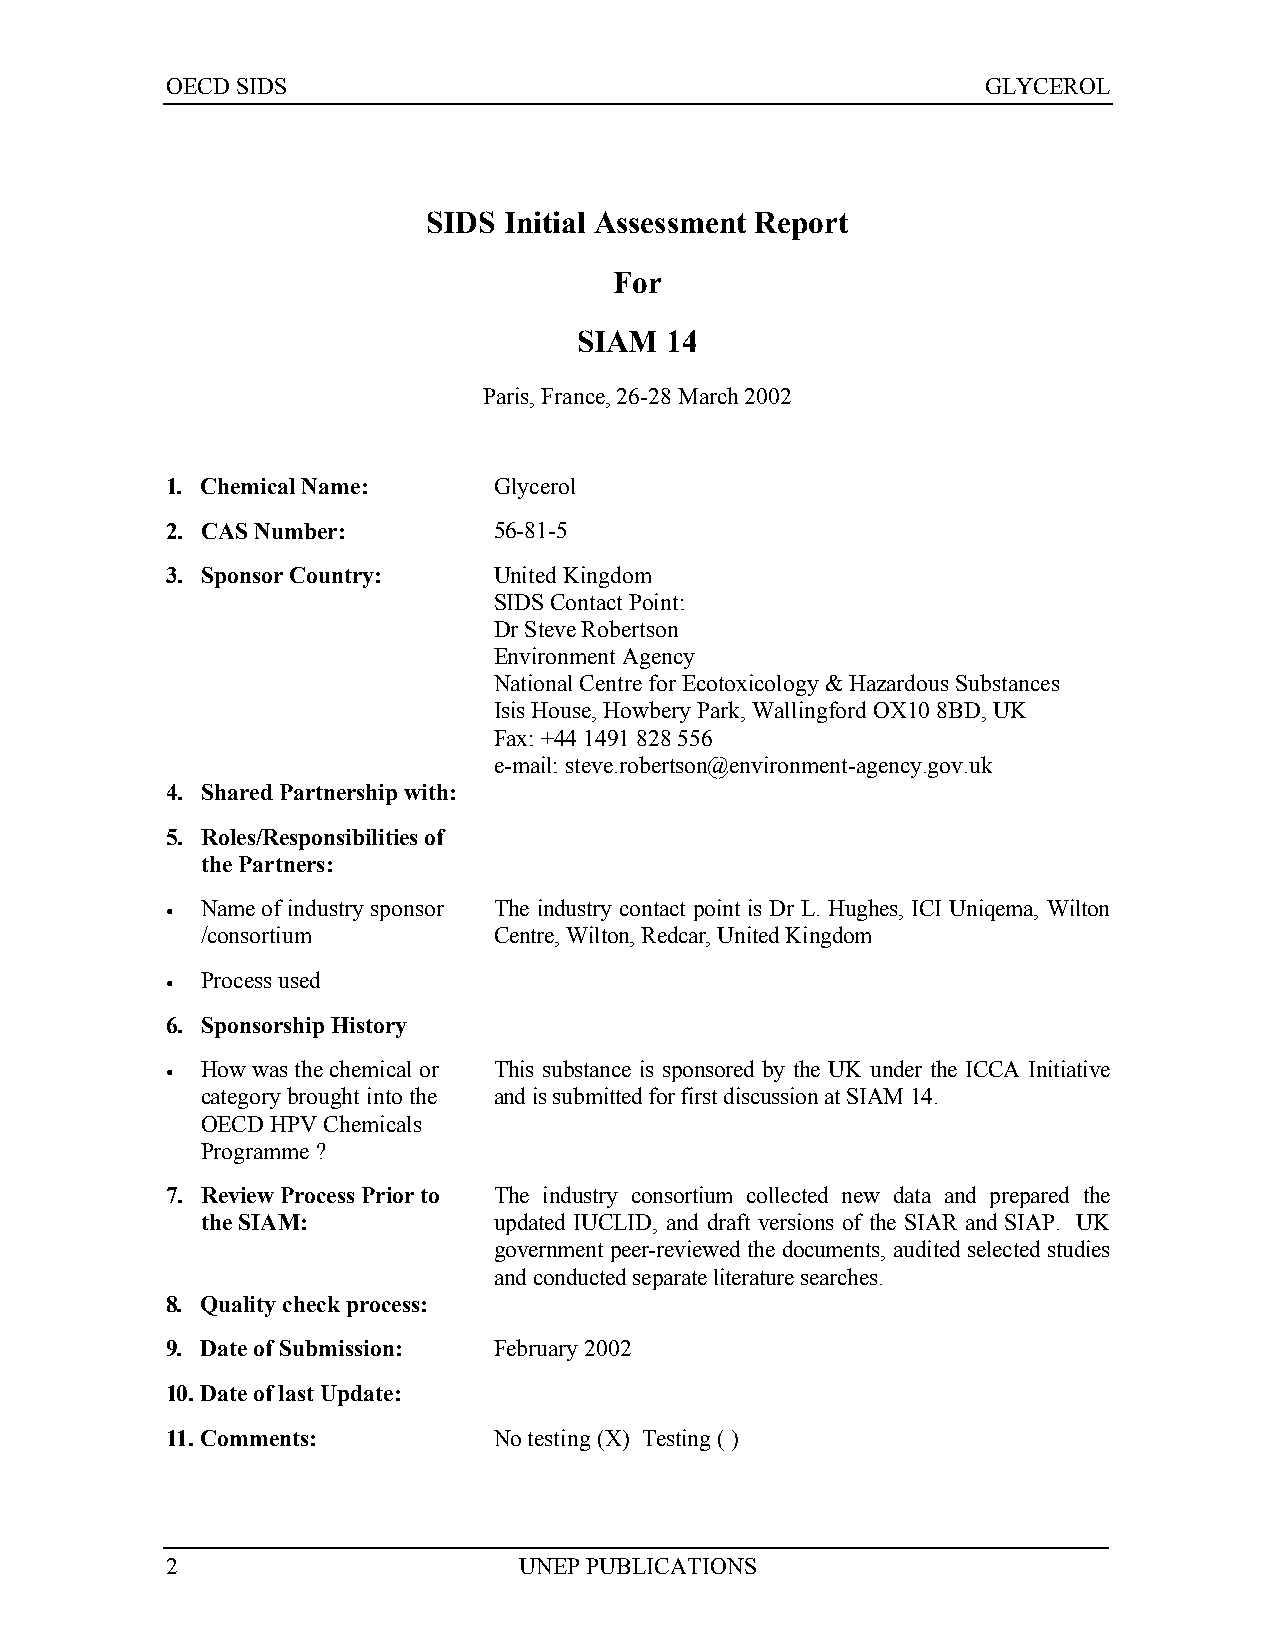
OECD SIDS                                             GLYCEROL
 SIDS Initial Assessment Report
 For
 SIAM  14
 Paris, France, 26-28 March 2002
 1. Chemical Name:     Glycerol
 2. CAS Number:        56-81-5
 3. Sponsor Country:   United Kingdom
 SIDS Contact Point:
 Dr Steve Robertson
 Environment Agency
 National Centre for Ecotoxicology & Hazardous Substances
 Isis House, Howbery Park, Wallingford OX10 8BD, UK
 Fax: +44 1491 828 556
 e-mail: steve.robertson@environment-agency.gov.uk
 4. Shared Partnership with:
 5. Roles/Responsibilities of
 the Partners:
 • Name of industry sponsor The industry contact point is Dr L. Hughes, ICI Uniqema, Wilton
 /consortium         Centre, Wilton, Redcar, United Kingdom
 • Process used
 6. Sponsorship History
 • How was the chemical or This substance is sponsored by the UK under the ICCA Initiative
 category brought into the and is submitted for first discussion at SIAM 14.
 OECD HPV Chemicals
 Programme ?
 7. Review Process Prior to The industry consortium collected new data and prepared the
 the SIAM:           updated IUCLID, and draft versions of the SIAR and SIAP. UK
 government peer-reviewed the documents, audited selected studies
 and conducted separate literature searches.
 8. Quality check process:
 9. Date of Submission: February 2002
 10. Date of last Update:
 11. Comments:         No testing (X) Testing ( )
 2                      UNEP PUBLICATIONS